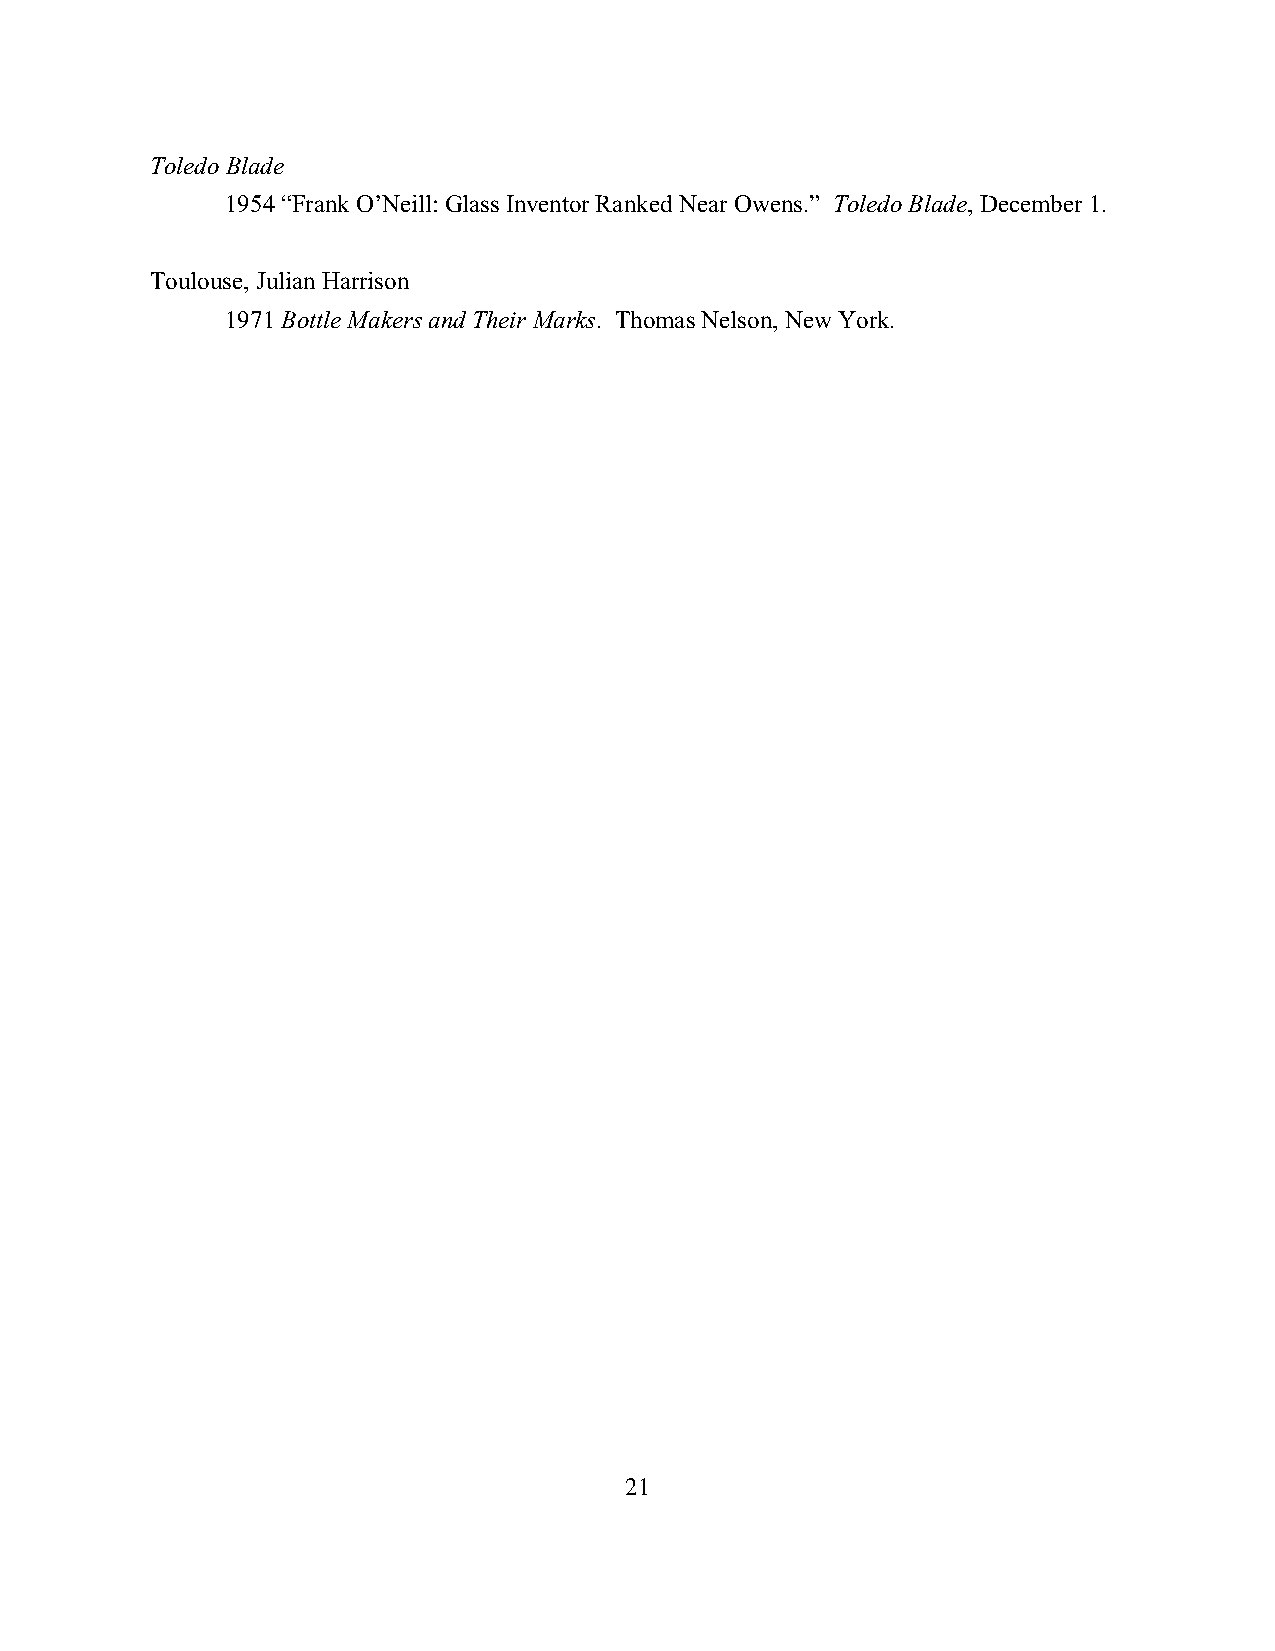
Toledo Blade
 1954 “Frank O’Neill: Glass Inventor Ranked Near Owens.” Toledo Blade, December 1.
 Toulouse, Julian Harrison
 1971 Bottle Makers and Their Marks. Thomas Nelson, New York.
 21